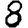
Digit: 8